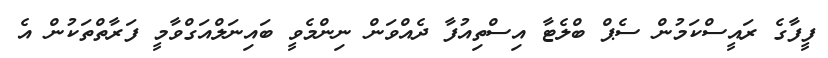
ފީފާގެ ރައީސްކަމުން ސެޕް ބްލެޓާ އިސްތިއުފާ ދެއްވަން ނިންމެވީ ބައިނަލްއަގްވާމީ ފަރާތްތަކުން އެ